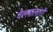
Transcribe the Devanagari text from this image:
वेल्लालारों